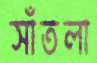
সাঁতলা